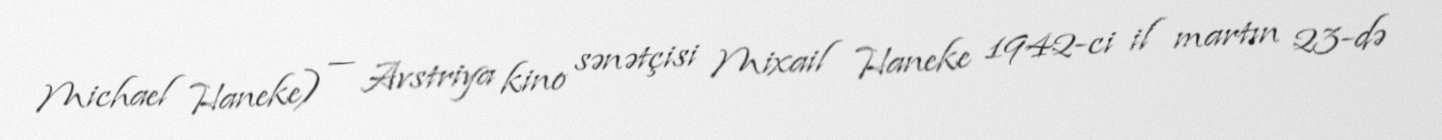
Michael Haneke) — Avstriya kino sənətçisi Mixail Haneke 1942-ci il martın 23-də